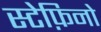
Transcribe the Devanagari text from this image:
स्टेफ़िनो